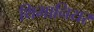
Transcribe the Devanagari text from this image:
थिमानियर